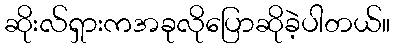
ဆိုးလ်ရှားကအခုလိုပြောဆိုခဲ့ပါတယ်။